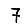
Digit: 7